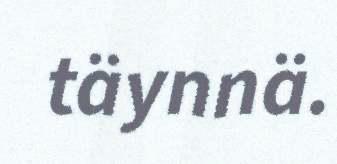
täynnä.